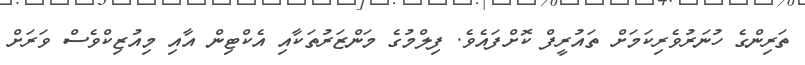
ތަރިންގެ ހުނަރުވެރިކަމަށް ތައުރީފް ކޮށްފައެވެ. ފިލްމުގެ މަންޒަރުތަކާއި އެކްޓިން އާއި މިއުޒިކްވެސް ވަރަށް